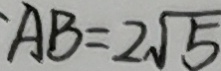
A B = 2 \sqrt { 5 }